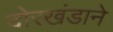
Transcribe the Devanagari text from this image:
दोरखंडाने